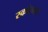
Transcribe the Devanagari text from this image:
स्कोलबर्ग